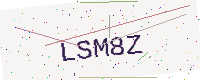
Text: LSM8Z